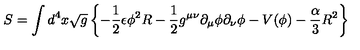
S = \int d ^ { 4 } x \sqrt { g } \left\{ - { \frac { 1 } { 2 } } \epsilon { \phi } ^ { 2 } R - { \frac { 1 } { 2 } } g ^ { \mu \nu } { \partial } _ { \mu } { \phi } { \partial } _ { \nu } { \phi } - V ( \phi ) - { \frac { \alpha } { 3 } } R ^ { 2 } \right\}